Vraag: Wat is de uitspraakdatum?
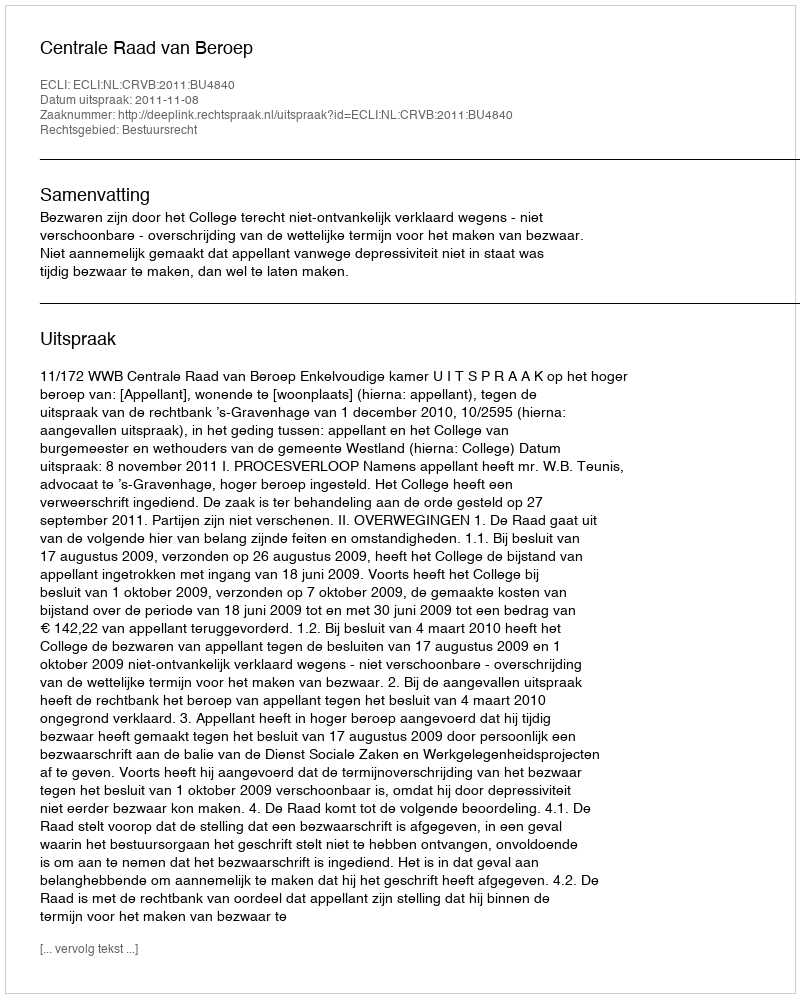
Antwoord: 2011-11-08